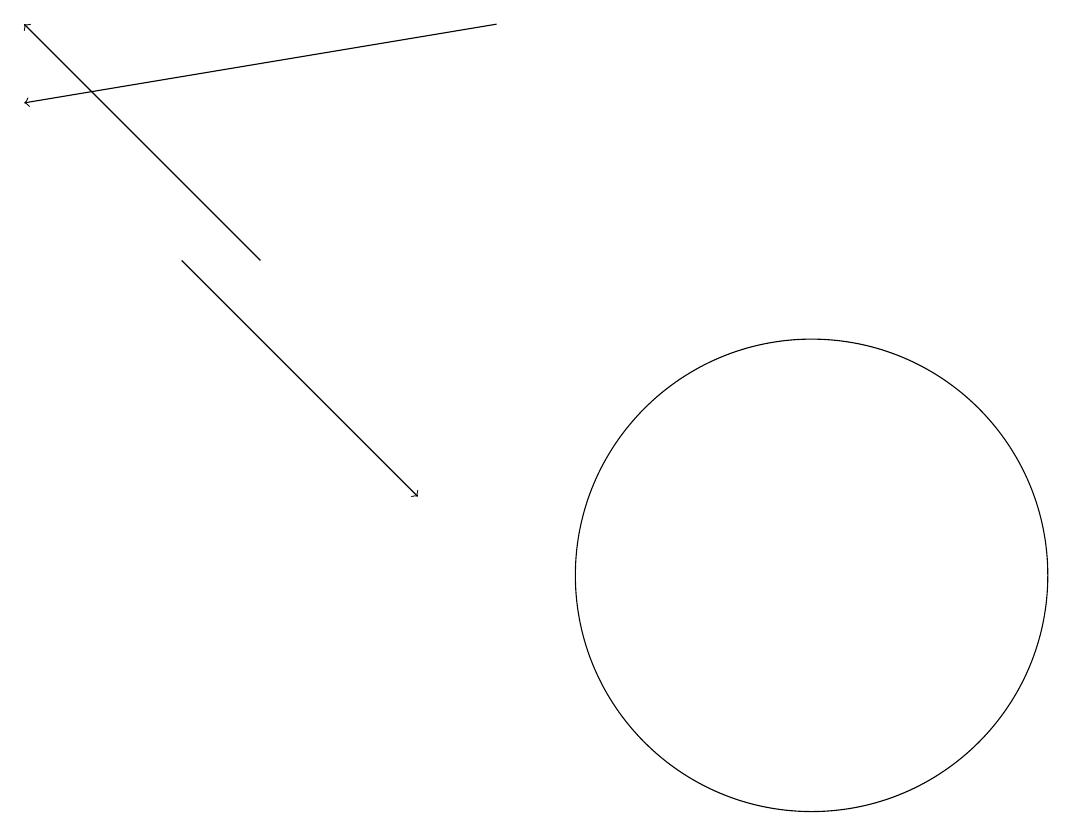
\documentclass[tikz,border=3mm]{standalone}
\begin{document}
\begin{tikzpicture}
\draw[->] (3,16) -- (0,19);
\draw[->] (2,16) -- (5,13);
\draw[->] (6,19) -- (0,18);
\draw (10,12) circle (3);
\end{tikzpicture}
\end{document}